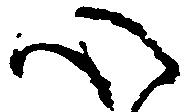
心